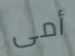
أمى